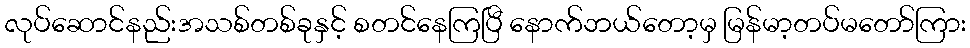
လုပ်ဆောင်နည်းအသစ်တစ်ခုနှင့် စတင်နေကြပြီ နောက်ဘယ်တော့မှ မြန်မာ့တပ်မတော်ကြား